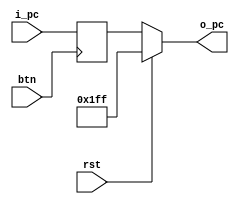
`timescale 1ns / 1ps
//////////////////////////////////////////////////////////////////////////////////
// Company:
// Engineer:
//
// Create Date:
// Design Name:
// Module Name:    pc
// Project Name:
// Target Devices:
// Tool versions:
// Description:
//
// Dependencies:
//
// Revision:
// Revision 0.01 - File Created
// Additional Comments:
//
//////////////////////////////////////////////////////////////////////////////////

module pc(btn, rst, i_pc, o_pc);
    parameter N = 9;
    input wire btn, rst;
    input wire[N-1:0] i_pc;
    output wire[N-1:0] o_pc;
	 
    reg[N-1:0] t_pc;
    assign o_pc = rst ? {N{1'b1}}: t_pc;
    always @(posedge btn) begin
        t_pc <= i_pc;
    end

endmodule